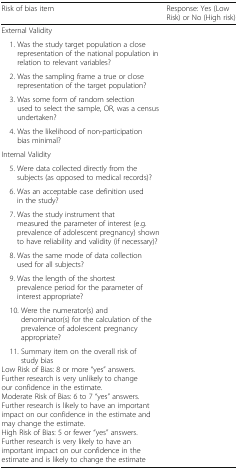
| Risk of bias item | Response: Yes (Low Risk) or No (High risk) |
 | --- | --- |
 | <COLSPAN=2> External Validity |
 | 1. Was the study target population a close representation of the national population in relation to relevant variables? |  |
 | 2. Was the sampling frame a true or close representation of the target population? |  |
 | 3. Was some form of random selection used to select the sample, OR, was a census undertaken? |  |
 | 4. Was the likelihood of non-participation bias minimal? |  |
 | <COLSPAN=2> Internal Validity |
 | 5. Were data collected directly from the subjects (as opposed to medical records)? |  |
 | 6. Was an acceptable case definition used in the study? |  |
 | 7. Was the study instrument that measured the parameter of interest (e.g. prevalence of adolescent pregnancy) shown to have reliability and validity (if necessary)? |  |
 | 8. Was the same mode of data collection used for all subjects? |  |
 | 9. Was the length of the shortest prevalence period for the parameter of interest appropriate? |  |
 | 10. Were the numerator(s) and denominator(s) for the calculation of the prevalence of adolescent pregnancy appropriate? |  |
 | 11. Summary item on the overall risk of study biasLow Risk of Bias: 8 or more “yes” answers. Further research is very unlikely to change our confidence in the estimate.Moderate Risk of Bias: 6 to 7 “yes” answers. Further research is likely to have an important impact on our confidence in the estimate and may change the estimate.High Risk of Bias: 5 or fewer “yes” answers. Further research is very likely to have an important impact on our confidence in the estimate and is likely to change the estimate |  |